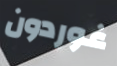
غوردون